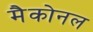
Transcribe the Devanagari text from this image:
मैकोनल